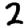
Digit: 2